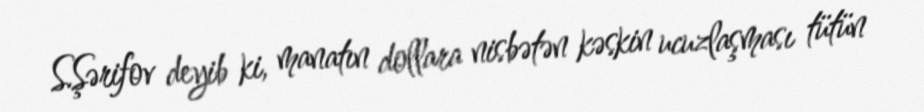
S.Şərifov deyib ki, manatın dollara nisbətən kəskin ucuzlaşması tütün